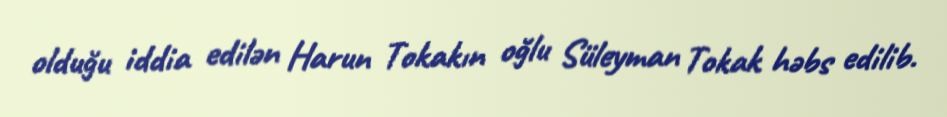
olduğu iddia edilən Harun Tokakın oğlu Süleyman Tokak həbs edilib.